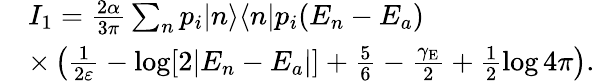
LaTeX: \begin{array}{rl}&{I_{1}=\frac{2\alpha}{3\pi}\sum_{n}p_{i}|n\rangle\langle n|p_{i}(E_{n}-E_{a})}\\ &{\times\left(\frac{1}{2\varepsilon}-\log[2|E_{n}-E_{a}|]+\frac{5}{6}-\frac{\gamma_{\mathrm{E}}}{2}+\frac{1}{2}\log 4\pi\right).}\end{array}